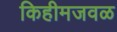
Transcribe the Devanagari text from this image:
किहीमजवळ